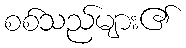
စစ်သည်များ၏